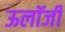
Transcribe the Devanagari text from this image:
ऊलॉजी